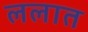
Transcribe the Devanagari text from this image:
ललात